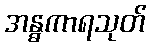
အန္ဓကာရသုတ်